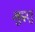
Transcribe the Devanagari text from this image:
मुद्दलु